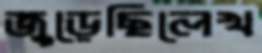
জুড়েছিলেখ